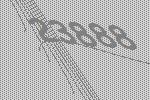
23888